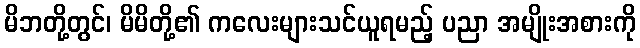
မိဘတို့တွင်၊ မိမိတို့၏ ကလေးများသင်ယူရမည့် ပညာ အမျိုးအစားကို